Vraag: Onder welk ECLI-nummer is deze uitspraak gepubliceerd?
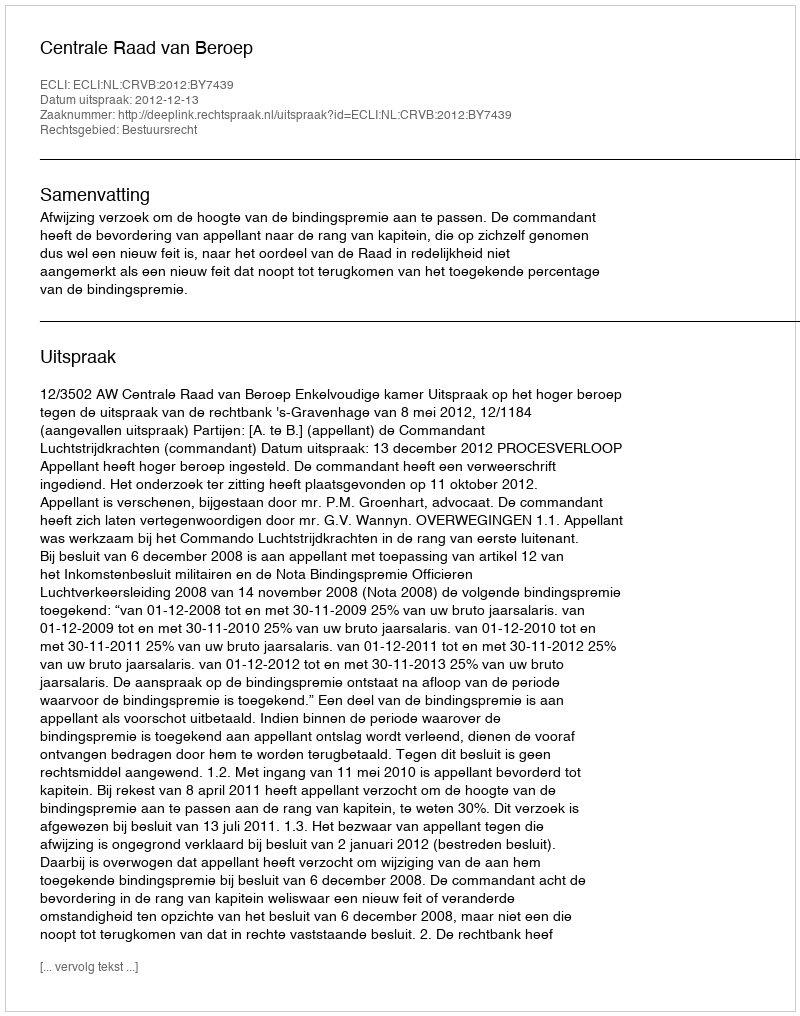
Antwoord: ECLI:NL:CRVB:2012:BY7439